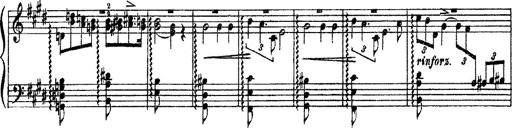
Title: 3 sonetti di Petrarca
Composer: Franz Liszt